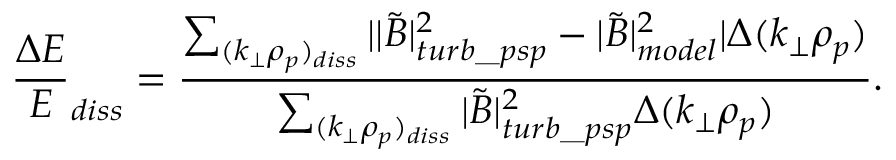
\frac { \Delta E } { E } _ { d i s s } = \frac { \sum _ { ( k _ { \perp } \rho _ { p } ) _ { d i s s } } | | \tilde { B } | _ { t u r b \_ p s p } ^ { 2 } - | \tilde { B } | _ { m o d e l } ^ { 2 } | \Delta ( k _ { \perp } \rho _ { p } ) } { \sum _ { ( k _ { \perp } \rho _ { p } ) _ { d i s s } } | \tilde { B } | _ { t u r b \_ p s p } ^ { 2 } \Delta ( k _ { \perp } \rho _ { p } ) } .